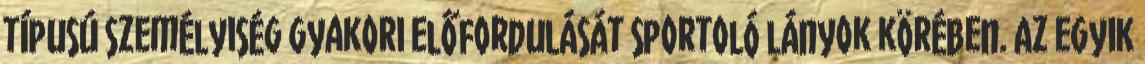
típusú személyiség gyakori előfordulását sportoló lányok körében. Az egyik